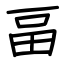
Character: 畐